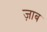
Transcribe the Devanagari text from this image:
ज़ाब